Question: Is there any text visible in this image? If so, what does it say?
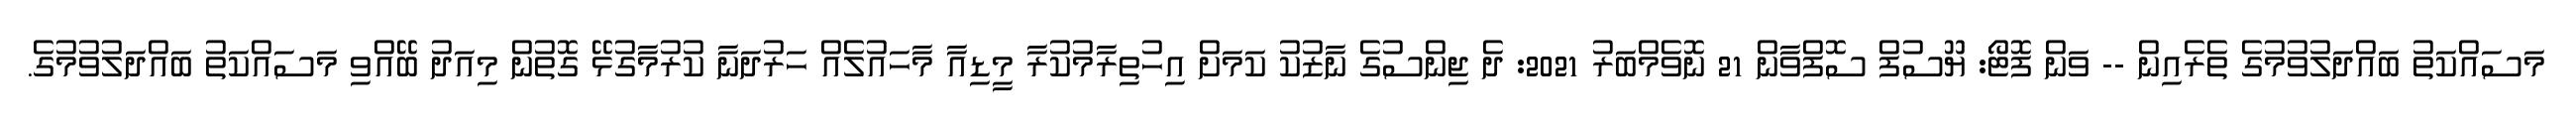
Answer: މަސައްކަތު ބައްދަލުވުމުގެ ތެރެއިން -- ވަން ފޮޓޯ: ޔޫސުފް ސޮފްވާން 21 ނޮވެމްބަރު 2021: ދެ ޖިންސުގެ ނާޒުކު ކަމަށް އިހުތިރާމުކުރާ މީޑިއާ މާހައުލެއް ހަރުދަނާ ކުރުމާގުޅޭ ގޮތުން މިއަދު ބޭއްވި މަސައްކަތު ބައްދަލުވުމުގެ.